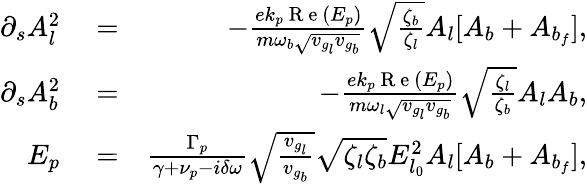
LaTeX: \begin{array}{rlr}{\partial_{s}A_{l}^{2}}&{{}=}&{-\frac{ek_{p}\mathrm{~R~e~}(E_{p})}{m\omega_{b}\sqrt{v_{g_{l}}v_{g_{b}}}}\sqrt{\frac{\zeta_{b}}{\zeta_{l}}}A_{l}[A_{b}+A_{b_{f}}],}\\ {\partial_{s}A_{b}^{2}}&{{}=}&{-\frac{ek_{p}\mathrm{~R~e~}(E_{p})}{m\omega_{l}\sqrt{v_{g_{l}}v_{g_{b}}}}\sqrt{\frac{\zeta_{l}}{\zeta_{b}}}A_{l}A_{b},}\\ {E_{p}}&{{}=}&{\frac{\Gamma_{p}}{\gamma+\nu_{p}-i\delta\omega}\sqrt{\frac{v_{g_{l}}}{v_{g_{b}}}}\sqrt{\zeta_{l}\zeta_{b}}E_{l_{0}}^{2}A_{l}[A_{b}+A_{b_{f}}],}\end{array}